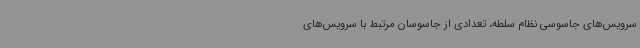
سرویس‌های جاسوسی نظام سلطه، تعدادی از جاسوسان مرتبط با سرویس‌های